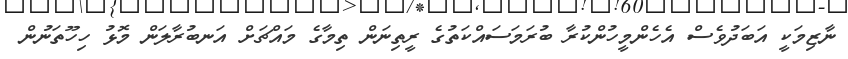
ނާޒިމަކީ އަބަދުވެސް އެހެންމީހުންކުރާ ބުރަމަސައްކަތުގެ ރީތިނަން ތިމާގެ މައްޗަށް އަނބުރާލަން މޮޅު ހިހޫތަނުން